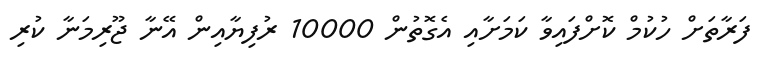
ފަރާތަށް ހުކުމް ކޮށްފައިވާ ކަމަށާއި އެގޮތުން 10000 ރުފިޔާއިން އޭނާ ޖޫރިމަނާ ކުރި